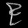
Digit: ၉